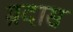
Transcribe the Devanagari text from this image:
म्रदास